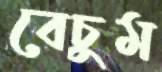
বেচুম